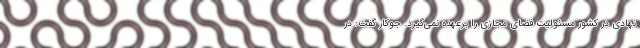
نهادی در کشور مسئولیت فضای مجازی را برعهده نمی‌گیرد. جوکار گفت: در